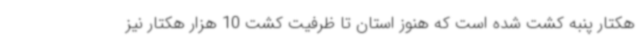
هکتار پنبه کشت شده است که هنوز استان تا ظرفیت کشت 10 هزار هکتار نیز